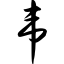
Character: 韦